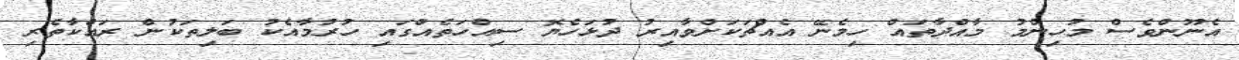
އެނޫންވެސް މުހިންމު މާއްދާތައް ހިމެނޭ އެއްޗަކަށްވާއިރު ދުޅަހެޔޮ ސިއްހަތެއްގައި ހުރުމާއެކު ބަލިތަކުން ރައްކާތެރި